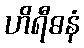
ဟိရီဓနံ